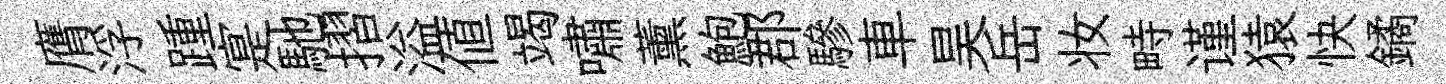
膺浮踵寔馳摺溢値竭嘯薰鮑郡驂車昊岳妆畤谨猿快鐍